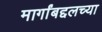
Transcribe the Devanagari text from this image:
मार्गांबद्दलच्या